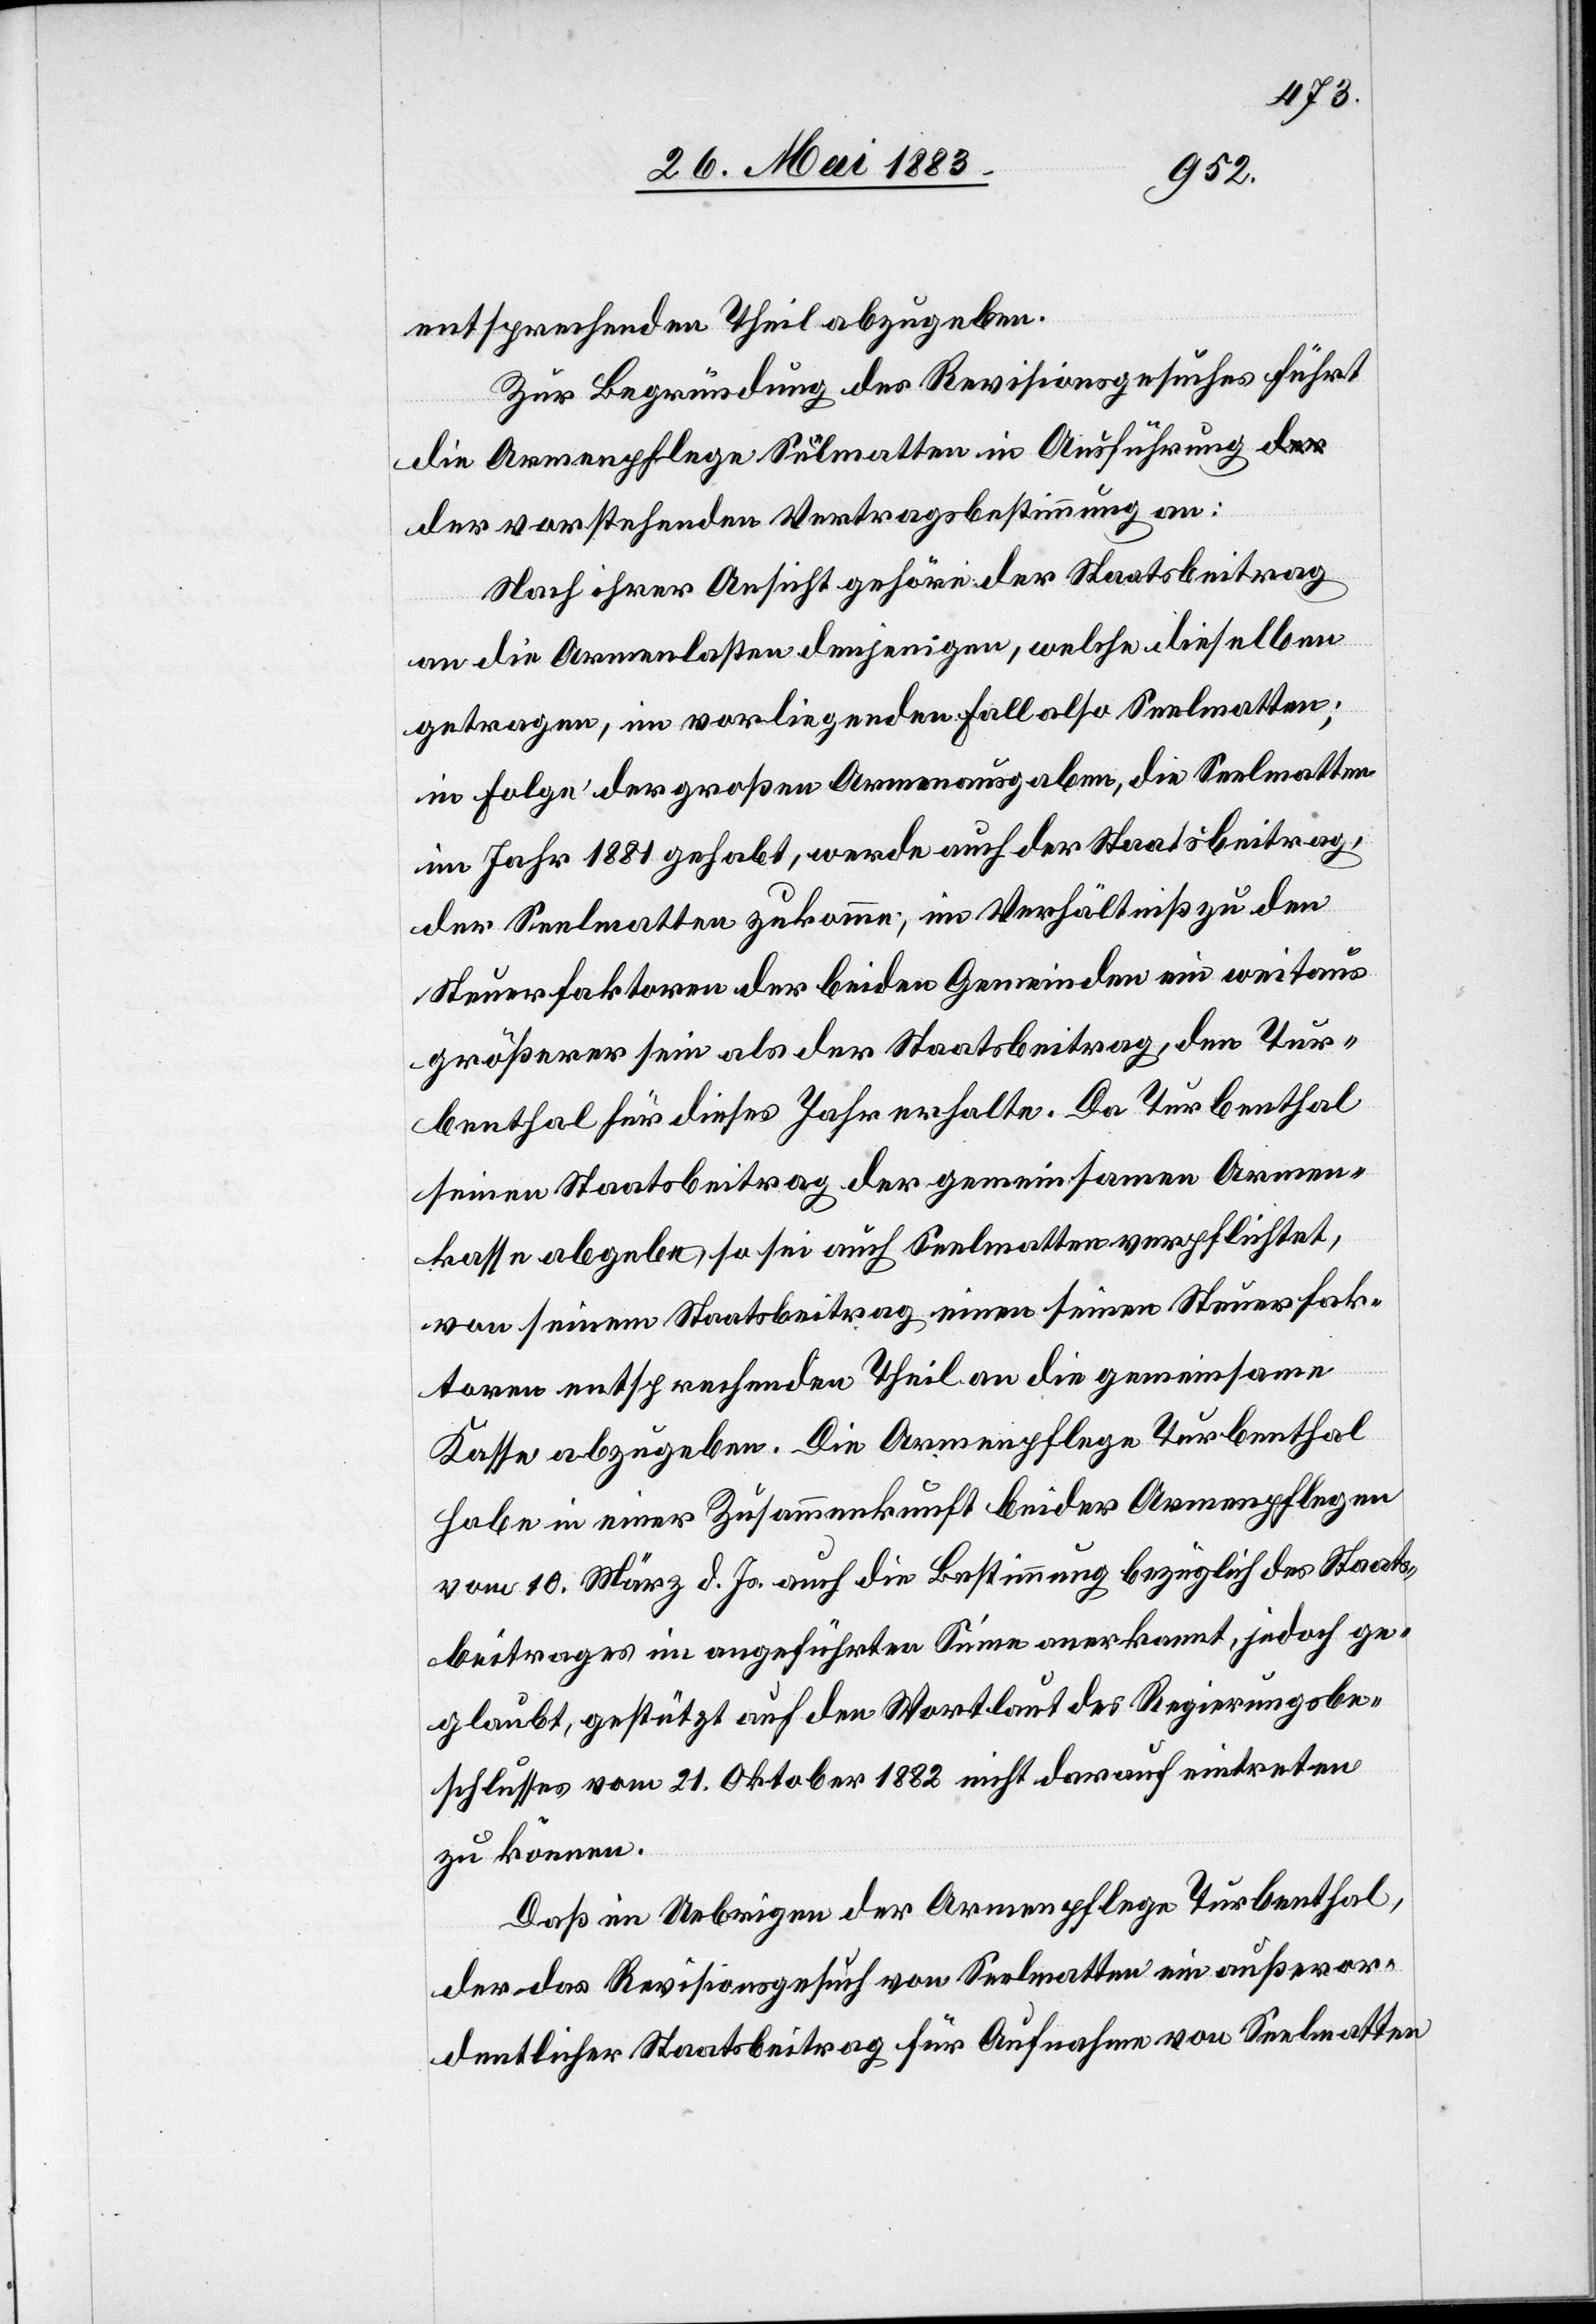
entsprechenden Theil abzugeben.
Zur Begründung des Revisionsgesuches führt
die Armenpflege Seelmatten in Ausführung d¬
er vorstehenden Vertragsbestimmung an:
Nach ihrer Ansicht gehöre der Staatsbeitrag
an die Armenlasten denjenigen, welche dieselben
getragen, im vorliegenden Fall also Seelmatten;
in Folge der großen Armenausgaben, die Seelmatten
im Jahr 1881 gehabt, werde auch der Staatsbeitrag,
der Seelmatten zukomme, im Verhältniß zu den
Steuerfaktoren der beiden Gemeinden ein weitaus
größerer sein als der Staatsbeitrag, den Tur¬
benthal für dieses Jahr erhalte. Da Turbenthal
seinen Staatsbeitrag der gemeinsamen Armen¬
kasse abgebe, so sei auch Seelmatten verpflichtet,
von seinem Staatsbeitrag einen seinen Steuerfak¬
toren entsprechende Theil an die gemeinsame
Kasse abzugeben. Die Armenpflege Turbenthal
habe in einer Zusammenkunft beider Armenpflegen
vom 10. März d. Js. auch die Bestimmung bezüglich des Staats¬
beitrages im angeführten Sinne anerkannt, jedoch ge¬
glaubt, gestützt auf den Wortlaut des Regierungsbe¬
schlusses vom 21. Oktober 1882 nicht darauf eintreten
zu können.
Daß im Uebrigen der Armenpflege Turbenthal,
der das Revisionsgesuch von Seelmatten ein außeror¬
dentlicher Staatsbeitrag für Aufnahme von Seelmatten